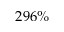
2 9 6 \%